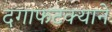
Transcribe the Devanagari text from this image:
दगाफटक्याने